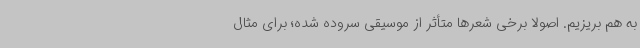
به هم بریزیم. اصولاً برخی شعرها متأثر از موسیقی سروده شده؛ برای مثال